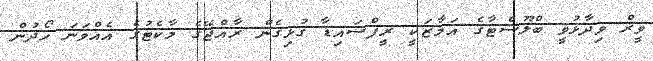
ވީރް ވިދާޅުވީ ބްލޫސްޓާގެ އަމާޒަކީ ރީފްސައިޑާ ގުޅިގެން ރާއްޖޭގެ މާކެޓުގެ އެއްވަނަ ހޯދުން